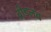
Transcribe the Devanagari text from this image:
ब्रीडलव